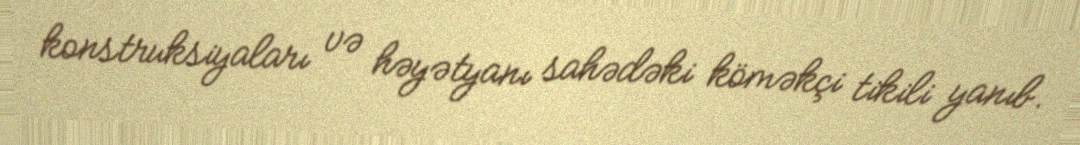
konstruksiyaları və həyətyanı sahədəki köməkçi tikili yanıb.